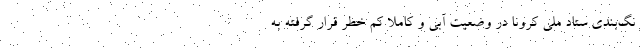
نگ‌بندی ستاد ملی کرونا در وضعیت آبی و کاملاً کم خطر قرار گرفته به